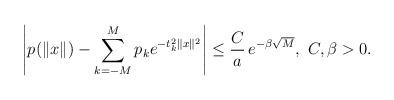
LaTeX: \begin{align*} \left|p({\|{x}\|}) - \sum_{k=-M}^{M} p_k e^{- t_k^2\|{x}\|^2} \right| \le \frac{C}{a}\, \displaystyle{e}^{-\beta \sqrt{M}}, \ C,\beta >0.\end{align*}